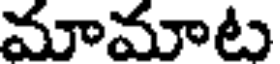
మామాట